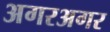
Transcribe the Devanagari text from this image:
अगरअगर